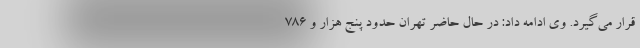
قرار می‌گیرد. وی ادامه داد: در حال حاضر تهران حدود پنج هزار و ۷۸۶